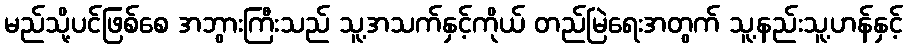
မည်သို့ပင်ဖြစ်စေ အဘွားကြီးသည် သူ့အသက်နှင့်ကိုယ် တည်မြဲရေးအတွက် သူ့နည်းသူ့ဟန်နှင့်